Report of the Imperial Institute of Veterinary Research, Muktesar
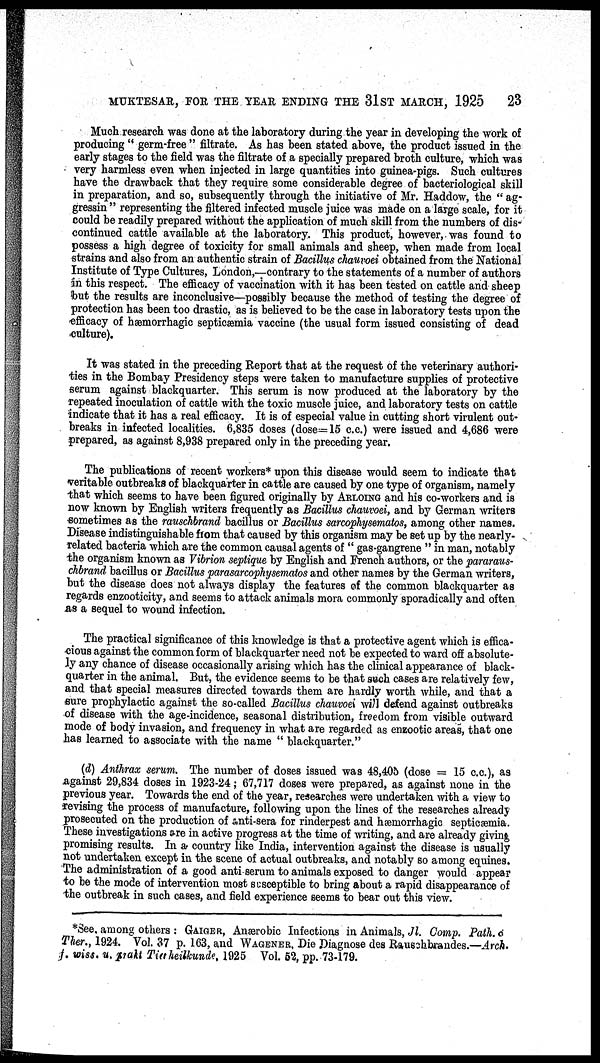
MUKTESAR, FOR THE YEAR ENDING THE 31 ST MARCH, 1925
23
Much research was done at the laboratory during the year in developing the work of
producing " germ-free " filtrate. As has been stated above, the product issued in the
early stages to the field was the filtrate of a specially prepared broth culture, which was
very harmless even when injected in large quantities into guinea-pigs. Such cultures
have the drawback that they require some considerable degree of bacteriological skill
in preparation, and so, subsequently through the initiative of Mr. Haddow, the " ag¬
gressin " representing the filtered infected muscle juice was made on a large scale, for it
could be readily prepared without the application of much skill from the numbers of dis-
continued cattle available at the laboratory. This product, however, was found to
possess a high degree of toxicity for small animals and sheep, when made from local
strains and also from an authentic strain of Bacillus chauvoei obtained from the National
Institute of Type Cultures, London,—contrary to the statements of a number of authors
in this respect. The efficacy of vaccination with it has been tested on cattle and sheep
but the results are inconclusive—possibly because the method of testing the degree of
protection has been too drastic, as is believed to be the case in laboratory tests upon the
efficacy of hæmorrhagic septicæmia vaccine (the usual form issued consisting of dead
culture).
It was stated in the preceding Report that at the request of the veterinary authori-
ties in the Bombay Presidency steps were taken to manufacture supplies of protective
serum against blackquarter. This serum is now produced at the laboratory by the
repeated inoculation of cattle with the toxic muscle juice, and laboratory tests on cattle
indicate that it has a real efficacy. It is of especial value in cutting short virulent out-
breaks in infected localities. 6,835 doses (dose—15 c.c.) were issued and 4,686 were
prepared, as against 8,938 prepared only in the preceding year.
The publications of recent workers* upon this disease would seem to indicate that
veritable outbreaks of blackquarter in cattle are caused by one type of organism, namely
that which seems to have been figured originally by ARLOING and his co-workers and is
now known by English writers frequently as Bacillus chauvoei, and by German writers
sometimes as the rauschbrand bacillus or Bacillus sarcophysematos, among other names.
Disease indistinguishable from that caused by this organism may be set up by the nearly-
related bacteria which are the common causal agents of " gas-gangrene " in man, notably
the organism known as Vibrion septique by English and French authors, or the pararaus¬
chbrand bacillus or Bacillus parasarcophysematos and other names by the German writers,
but the disease does not always display the features of the common blackquarter as
regards enzooticity, and seems to attack animals mora commonly sporadically and often
as a sequel to wound infection.
The practical significance of this knowledge is that a protective agent which is effica-
cious against the common form of blackquarter need not be expected to ward off absolute-
ly any chance of disease occasionally arising which has the clinical appearance of black-
quarter in the animal. But, the evidence seems to be that such cases are relatively few,
and that special measures directed towards them are hardly worth while, and that a
sure prophylactic against the so-called Bacillus chauvoel will defend against outbreaks
of disease with the age-incidence, seasonal distribution, freedom from visible outward
mode of body invasion, and frequency in what are regarded as enzootic areas, that one
has learned to associate with the name " blackquarter."
(d) Anthrax serum. The number of doses issued was 48,405 (dose = 15 c.c.), as
against 29,834 doses in 1923-24; 67,717 doses were prepared, as against none in the
previous year. Towards the end of the year, researches were undertaken with a view to
revising the process of manufacture, following upon the lines of the researches already
prosecuted on the production of anti-sera for rinderpest and hæmorrhagic septicæmia.
These investigations are in active progress at the time of writing, and are already giving
promising results. In a country like India, intervention against the disease is usually
not undertaken except in the scene of actual outbreaks, and notably so among equines.
The administration of a good anti serum to animals exposed to danger would appear
to be the mode of intervention most susceptible to bring about a rapid disappearance of
the outbreak in such cases, and field experience seems to bear out this view.
*See, among others : GAIGER, Anærobic Infections in Animals, Jl. Comp. Path. o
Ther., 1924. Vol. 37 p. 163, and WAGENER, Die Diagnose des Rauschbrandes.—Arch.
f. wiss. u, prakt Tiaheilkunde, 1925 Vol. 52, pp. 73-179.